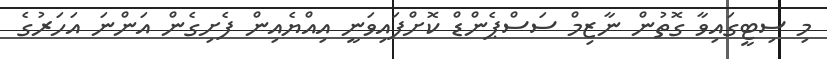
މި ސިޓީގައިވާ ގޮތުން ނާޒިމް ސަސްޕެންޑް ކޮށްފައިވަނީ އިއްޔެއިން ފެށިގެން އަންނަ އަހަރުގެ